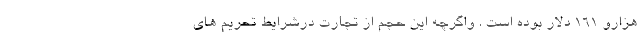
هزارو 161 دلار بوده است . واگرچه این حجم از تجارت درشرایط تحریم های